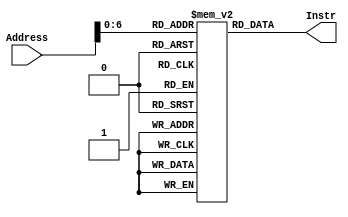
`timescale 1ns / 1ps
module IM(input [7:0] Address, output reg [31:0] Instr
    );
reg [31:0] Instructions[127:0];

//For OPcode = [31:26] Instr
//000001 is for adding Registers
//000010 is for subtracting Registers
//000011 is for multiplying Registers
//000100 is for Load Upper Immediate
//000101 is for Adding Immediate
//000110 is for Load Word
//000111 is for Save Word
//001000 is for Jump Instruction
//001001 is for Branch if Equal
//001010 is for Branch if Inequal

//For Func = [5:0] Instr
//000001 is add Registers
//000010 is subtract Registers
//000011 is Multiply Registers

//000010 is lui. maybe subtract two from the constant before shifting.

//Editing this is how you program
initial
begin
	//Instructions need to be organized in order to work
	Instructions[0] = 0;
	
	//Addi $1, $1, 3
	Instructions[4] = 32'b000101_00001_00001_00000_00000_000011;
	
	//Addi $2, $2, 10
	Instructions[8] = 32'b000101_00010_00010_00000_00000_001010;
	
	//jump 44
	Instructions[12] = 32'b001000_00000_00000_00000_00000_000111;
	
	//sw $2, $1(0x0) 
	Instructions[44] = 32'b000111_00001_00010_00000_00000_000000;
	
	//sub $3, $2, $1
	Instructions[48] = 32'b000010_00010_00001_00011_00000_000010;
	
	//mult $4, $2, $1
	Instructions[52] = 32'b000011_00010_00001_00100_00000_000011;
	
	//bneq $1, $1, 88
	Instructions[56] = 32'b001010_00001_00001_00000_00000_000111;
	
	//lw $5, $1(0x0)
	Instructions[60] = 32'b000110_00001_00101_00000_00000_000000;
	
	//beq $2, $5, 92
	Instructions[76] = 32'b001001_00010_00101_00000_00000_000101;
	
end

always @(*)
begin
	Instr = Instructions[Address];
end

endmodule